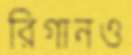
রিগানও